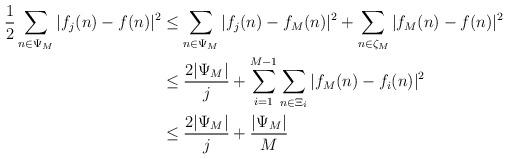
LaTeX: \begin{align*}\frac{1}{2} \sum_{n\in\Psi_M} |f_j(n)-f(n)|^2&\leq\sum_{n\in\Psi_M} |f_j(n)-f_M(n)|^2+\sum_{n\in\zeta_M} |f_M(n)-f(n)|^2\\&\leq\frac{2|\Psi_M|}{j}+\sum_{i=1}^{M-1}\sum_{n\in\Xi_i}|f_M(n)-f_i(n)|^2\\&\leq\frac{2|\Psi_M|}{j}+\frac{|\Psi_M|}{M}\end{align*}